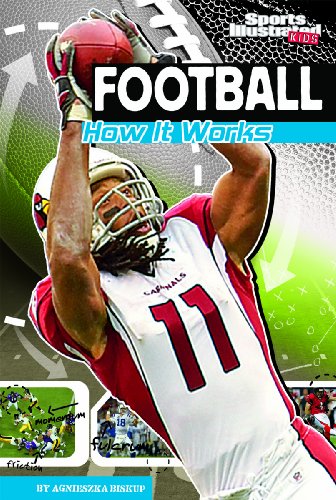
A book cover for Football: How It Works (The Science of Sports (Sports Illustrated for Kids)); Agnieszka Biskup; Children's Books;